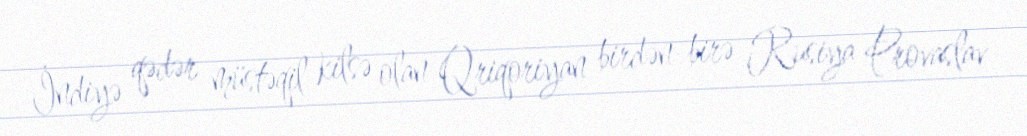
İndiyə qədər müstəqil kilsə olan Qriqoriyan birdən-birə Rusiya Provaslav